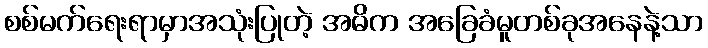
စစ်မက်ရေးရာမှာအသုံးပြုတဲ့ အဓိက အခြေခံမူတစ်ခုအနေနဲ့သာ